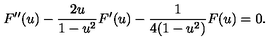
F ^ { \prime \prime } ( u ) - \frac { 2 u } { 1 - u ^ { 2 } } F ^ { \prime } ( u ) - \frac { 1 } { 4 ( 1 - u ^ { 2 } ) } F ( u ) = 0 .